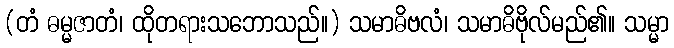
(တံ ဓမ္မဇာတံ၊ ထိုတရားသဘောသည်။) သမာဓိဗလံ၊ သမာဓိဗိုလ်မည်၏။ သမ္မာ